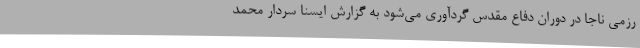
رزمی ناجا در دوران دفاع مقدس گردآوری می‌شود به گزارش ایسنا سردار محمد